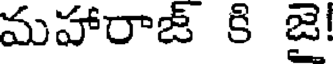
మహారాజ్ కి జై!